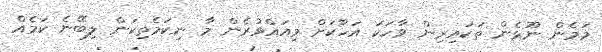
މަމެން ނޫޅެން ތަކައިރިން ވާހަކަ އަހާކަށް މިއައްވުރެން މާ ނިކަމެތިކަން ލިބޭނެ ކަމެއް